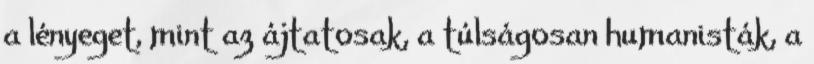
a lényeget, mint az ájtatosak, a túlságosan humanisták, a